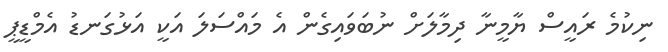
ނިކުމެ ރައީސް ޔާމީނާ ދިމާލަށް ނުބަވައިގެން އެ މައްސަލަ އަކީ އަޅުގަނޑު އެމްޑީޕީ